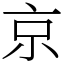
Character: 京